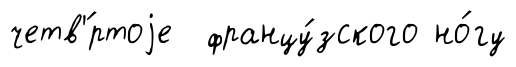
четв'́ртоjе францу́зского но́гу